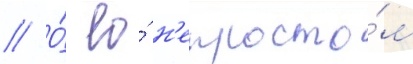
// О́ ео́ н'епросто́м